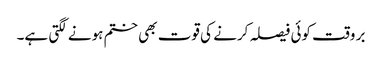
بر وقت کوئی فیصلہ کرنے کی قوت بھی ختم ہونے لگتی ہے۔